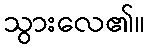
သွားလေ၏။